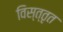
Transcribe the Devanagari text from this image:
विस्त्तृत